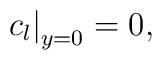
\left . c_{l} \right |_{y=0}=0,